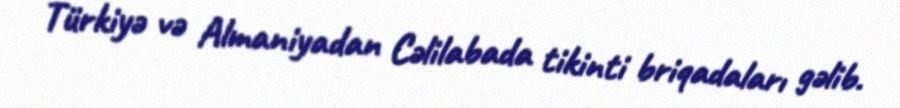
Türkiyə və Almaniyadan Cəlilabada tikinti briqadaları gəlib.